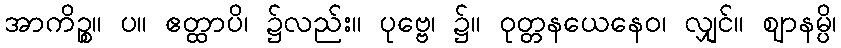
အာကိဉ္စ။ ပ။ ဧတ္ထာပိ၊ ၌လည်း။ ပုဗ္ဗေ၊ ၌။ ဝုတ္တနယေနေဝ၊ လျှင်။ ဈာနမ္ပိ၊